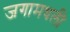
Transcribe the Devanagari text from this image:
जगामधली